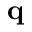
\mathbf { q }